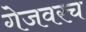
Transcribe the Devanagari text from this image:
गेजवरच